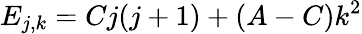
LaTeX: E_{j,k}=Cj(j+1)+(A-C)k^{2}